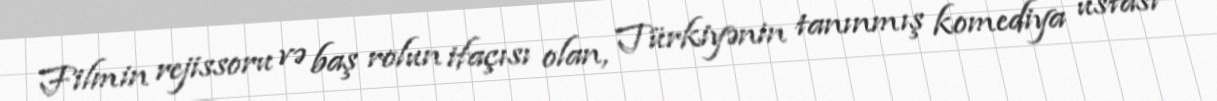
Filmin rejissoru və baş rolun ifaçısı olan, Türkiyənin tanınmış komediya ustası